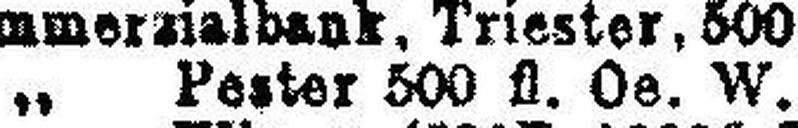
„ Pester 500 fl. Oe. W.